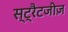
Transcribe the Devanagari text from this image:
स्ट्रैटजीज़